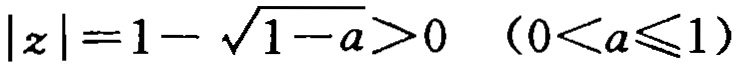
\(|z| = 1 - \sqrt{1 - a} > 0\ \ (0 < a \leq 1)\)